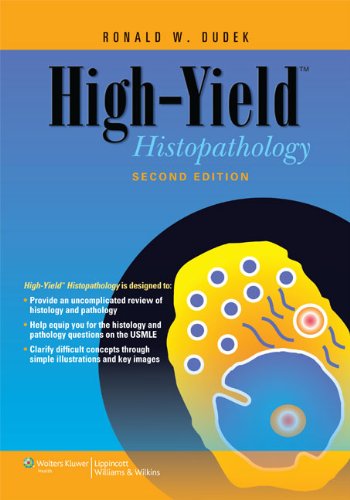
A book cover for High Yield Histopathology; Ronald W. Dudek; Medical Books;